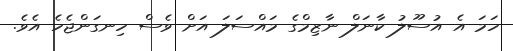
ހަމަ އެ އުސޫލު ކާނަލް ނާޒިމްގެ މައްސަލަ އަށް ވެސް ހިނގަންޖެހެ އެވެ.